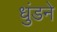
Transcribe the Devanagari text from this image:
धुंडने